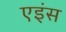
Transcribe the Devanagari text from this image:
एइंस